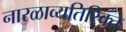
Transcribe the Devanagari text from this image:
नारळाव्यतिरिक्त